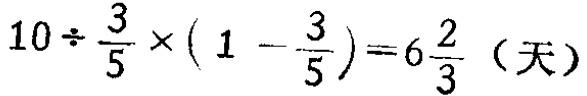
\(10\div\frac{3}{5}\times(1 - \frac{3}{5})=6\frac{2}{3}（天）\)